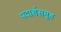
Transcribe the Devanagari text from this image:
पदार्थसमूह